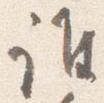
誰